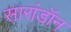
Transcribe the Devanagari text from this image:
सारांडॉन